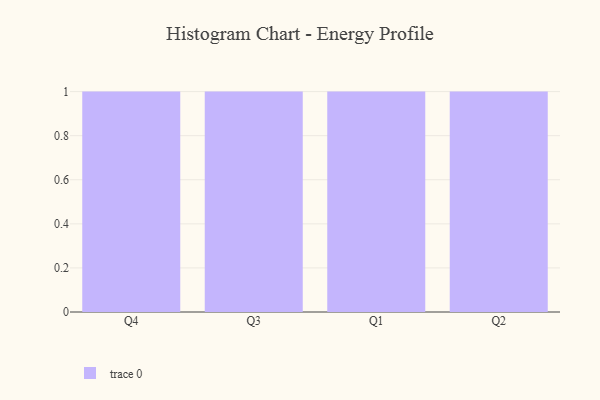
{"axis": {"x": "Quarter", "y": "Customer Acquisition Cost (USD)"}, "legend": [""], "data": [{"x": "Q4", "y": 52, "type": ""}, {"x": "Q3", "y": 97, "type": ""}, {"x": "Q1", "y": 12, "type": ""}, {"x": "Q2", "y": 21, "type": ""}]}